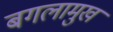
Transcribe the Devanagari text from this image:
बगलामुख